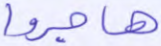
هاجروا